Indian journal of veterinary science and animal husbandry - Volume 7,
Year: 1937
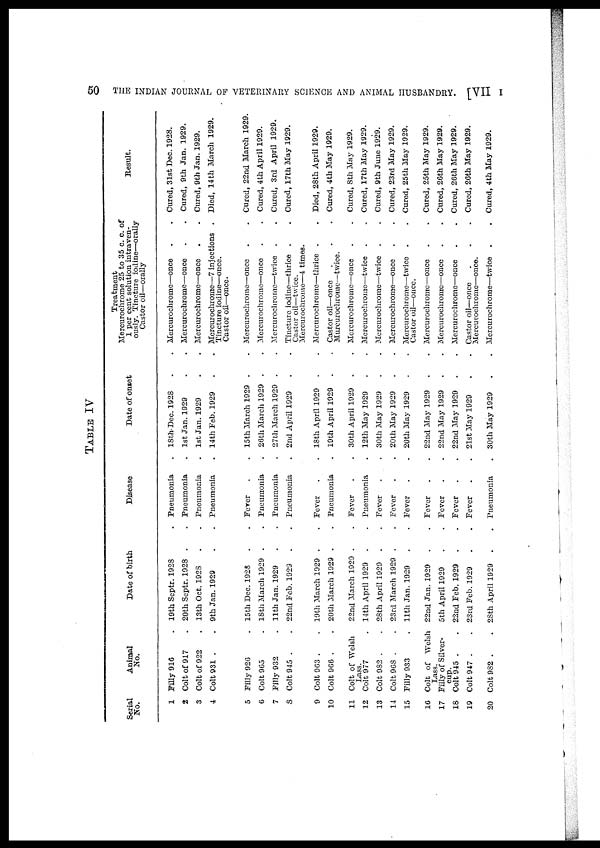
50
THE INDIAN JOURNAL OF VETERINARY SCIENCE AND ANIMAL HUSBANDRY. [VII
I
TABLE IV
Serial
No.
1
2
3
4
5
6
7
8
9
10
11
12
13
14
15
16
17
18
19
20
Animal
No.
Filly 916 .
Colt of 917 .
Colt of 922 .
Colt 931 .
Filly 926 .
Colt 965 .
Filly 932 .
Colt 945 .
Colt 963 .
Colt 966 .
Colt of Welsh
Lass.
Colt 977 .
Colt 982 .
Colt 968 .
Filly 933
Colt of Welsh
Lass.
Filly of Silver-
cup.
Colt 945 .
Colt 947 .
Colt 982 .
Date of birth
19th Septr. 1928
20th Septr. 1928
13th Oct. 1928
9th Jan. 1929
15th Dec. 1925
18th March 1929
11th Jan. 1929
22nd Feb. 1929
19th March 1929
20th March 1929
22nd March 1929
14th April 1929
28th April 1929
23rd March 1929
11th Jan. 1929
22nd Jan. 1929
5th April 1929
22nd Feb. 1929
23rd Feb. 1929
28th April 1929
.
Disease
. Pneumonia
. Pneumonia
. Pneumonia
. Pneumonia
. Fever . .
. Pneumonia .
. Pneumonia .
. Pneumonia .
. Fever .
. Pneumonia .
. Fever .
. Pneumonia
. Fever .
. Fever .
. Fever .
. Fever .
. Fever
. Fever
. Fever
. Pneumonia
Date of onset
18
th Dec. 1928
1st Jan. 1929
1st Jan. 1929
14th Feb. 1929
15th March 1929 .
26th March 1929 .
27th March 1929 .
2nd April 1929
18th April 1929 .
19th April 1929 .
30th April 1929 .
12th May 1929
30th May 1929
20th May 1929
20th May 1929
22nd May 1929
22nd May 1929
22nd May 1929
.
21st May 1929
30th May 1929
Treatment
Mercurochrome 25 to 35 c. c. of
1 per cent solution intraven-
ously. Tincture iodine—orally
Castor oil—orally
. Mercurochrome—once . .
. Mercurochrome—once . .
. Mercurochrome—once . .
. Mercurochrome—7 injections .
Tincture iodine—once.
Castor oil—once.
. Mercurochrome—once . .
.Mercurochrome—once . .
. Mercurochrome—twice . .
.Tincture iodine—thrice . .
Castor oil—twice.
Mercurochrome—4 times.
. Mercurochrome—thrice . .
.Castor oil—once . . .
Murcurochrome—twice.
. Mercurochrome—once . .
.Mercurochrome—twice . .
.Mercurochrome—twice . .
. Mercurochrome—once . .
.Mercurochrome—-twice . .
Castor oil—once.
.Mercurochrome—once . .
. Mercurochrome—once . .
. Mercurochrome—once . .
. Castor oil—once . . .
Mercurochrome—once.
.Mercurochrome—twice . .
Result.
Cured, 31st Dec. 1928.
Cured, 9th Jan. 1929.
Cured, 9th Jan. 1929.
Died, 14 th March 1929.
Cured, 22nd March 1929
Cured, 4th April 1929.
Cured, 3rd April 1929.
Cured, 17th May 1929.
Died, 28th April 1929.
Cured, 4th May 1929.
Cured, 8th May 1929.
Cured, 17th May 1929.
Cured, 9th June 1929.
Cured, 23rd May 1929.
Cured, 25th May 1929.
Cured, 25th May 1929.
Cured, 26th May 1929.
Cured, 26th May 1929.
Cured, 26th May 1929.
Cured, 4th May 1929.